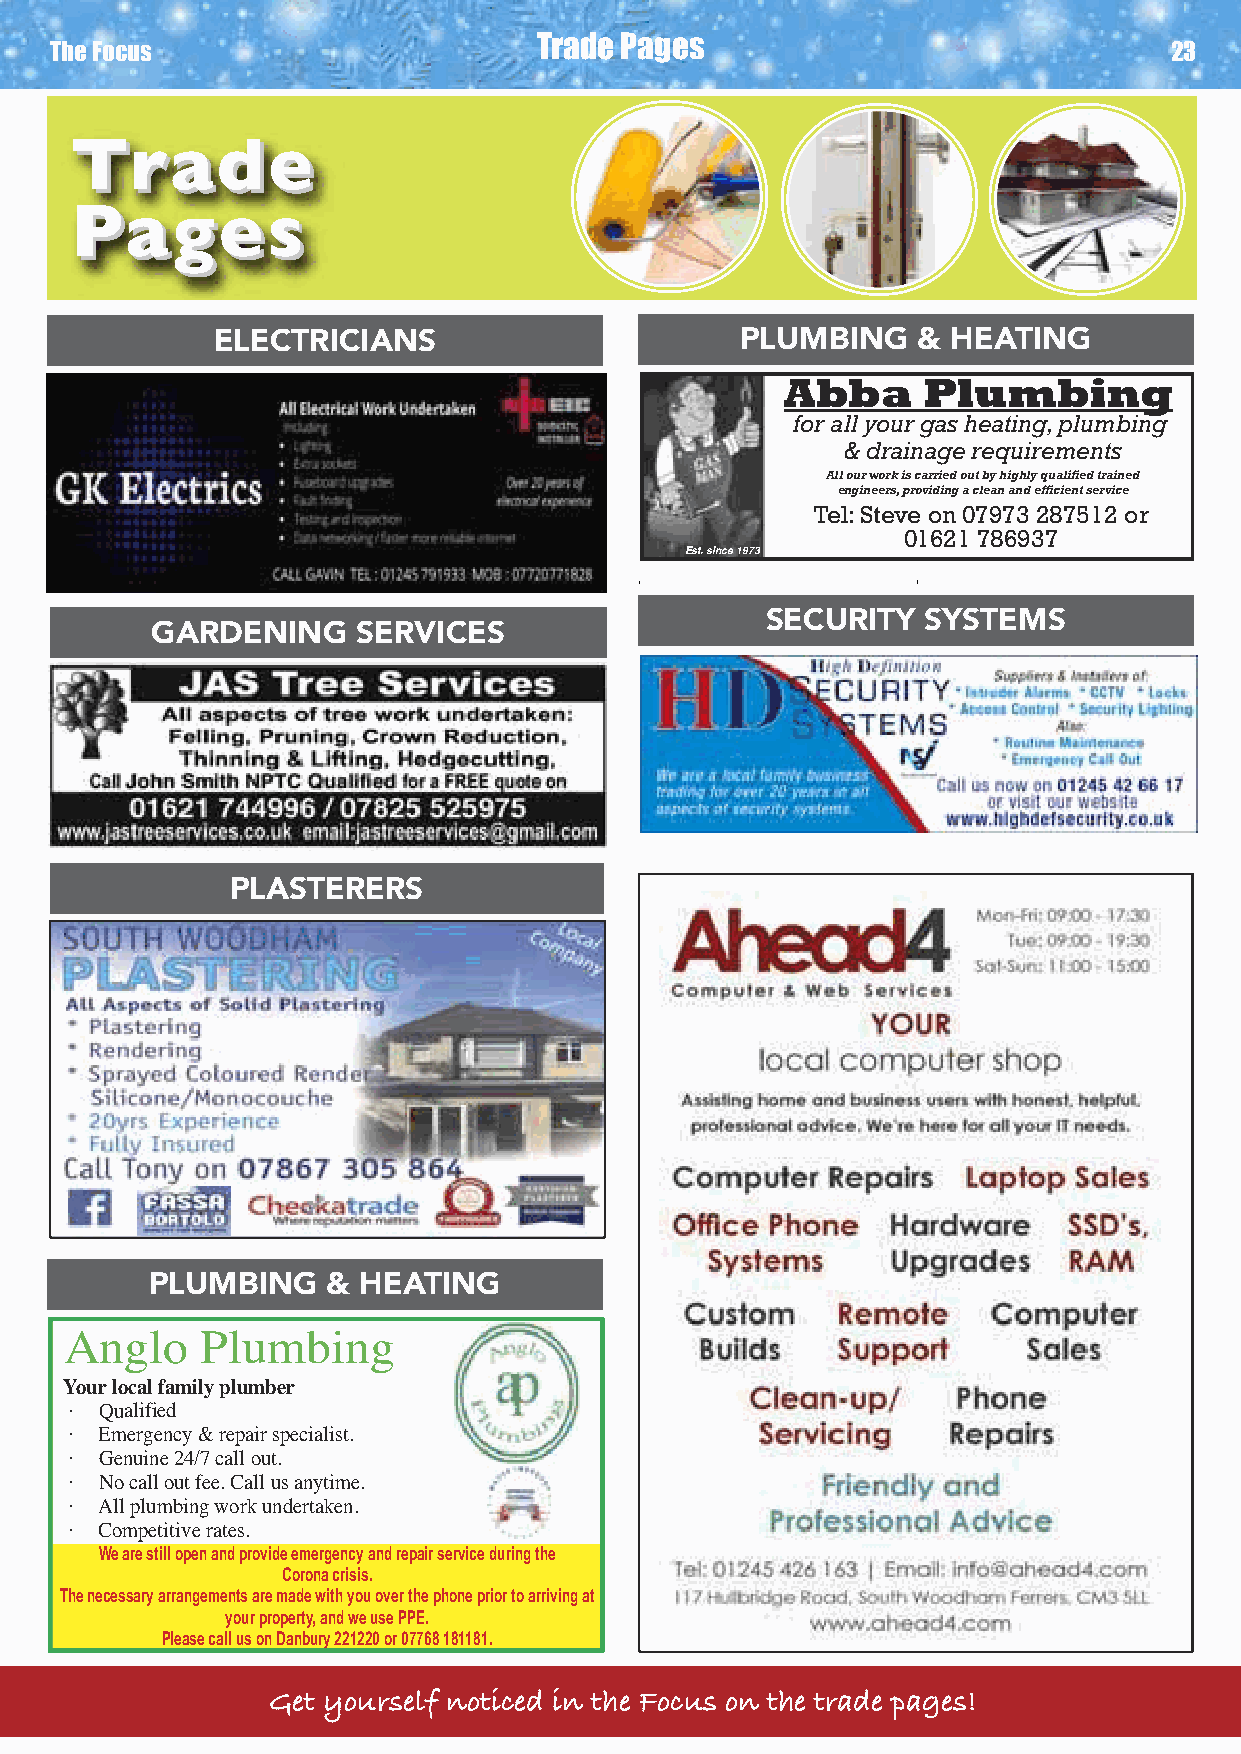
Trade Pages
 The Focus                                                                 23
 TTrraaddee
 PPaaggeess
 ELECTRICIANS                       PLUMBING    & HEATING
 Abba     Plumbing
 for all your gas heating, plumbing
 & drainage requirements
 All our work is carried out by highly qualified trained
 engineers, providing a clean and efficient service
 Tel: Steve on 07973 287512 or
 01621 786937
 Est. since 1973
 SECURITY  SYSTEMS
 GARDENING     SERVICES
 PLASTERERS
 PLUMBING    & HEATING
 We are still open and provide emergency and repair service during the
 Corona crisis.
 The necessary arrangements are made with you over the phone prior to arriving at
 your property, and we use PPE.
 Please call us on Danbury 221220 or 07768 181181.
 Get yourself noticed in the Focus on the trade pages!
 A
 oY·
 ·····eT
 u
 :l
 bmulP olgn
 rebmulp ylimaf lacol r
 deifilauQ
 aiceps riaper & ycnegremE
 .tuo llac 7/42 eniuneG
 yna su llaC .eef tuo llac oN
 atrednu krow gnibmulp llA
 .setar evititepmoC
 022122 54210 yrubnaD
 181 181 86770 :eliboM
 nibmulpolgna@ofni :liamE
 bmulpolgna.www :etisbeW
 gni
 .tsil
 .emit
 .nek
 ku.oc.g
 u.oc.gni k